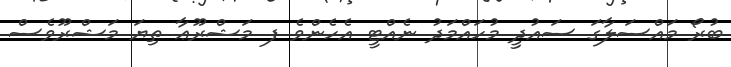
ބުރޯ މައްސަލާގަ ސައުދީ މުހައްމަދު ނެއްޓީ އެހެންވެ ފ މަޝްރޫޢާ ތިޔަ މަޝްރޫވެސް